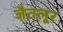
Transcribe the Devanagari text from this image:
जैतलूर